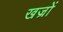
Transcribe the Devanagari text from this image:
खज्रों